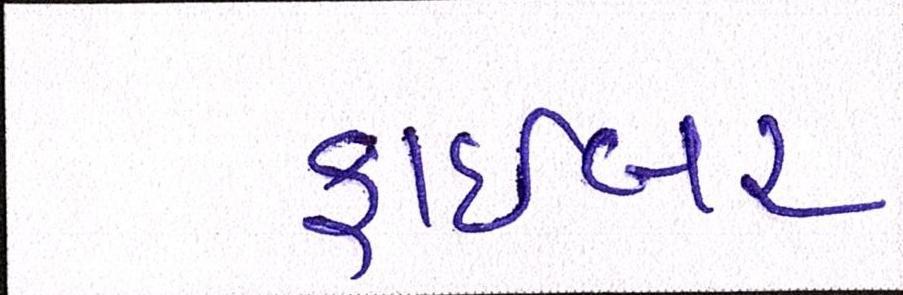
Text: ફાઇબર